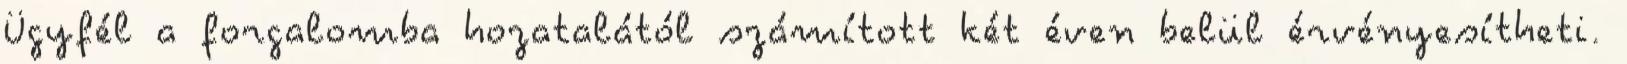
Ügyfél a forgalomba hozatalától számított két éven belül érvényesítheti.